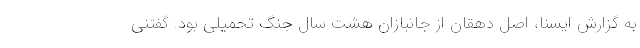
به گزارش ایسنا، اصل دهقان از جانبازان هشت سال جنگ تحمیلی بود. گفتنی